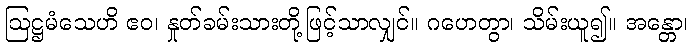
ဩဋ္ဌမံသေဟိ ဧဝ၊ နှုတ်ခမ်းသားတို့ဖြင့်သာလျှင်။ ဂဟေတွာ၊ သိမ်းယူ၍။ အန္တော၊